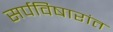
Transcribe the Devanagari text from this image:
सर्पविषारांत